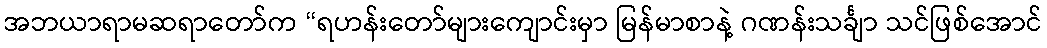
အဘယာရာမဆရာတော်က “ရဟန်းတော်များကျောင်းမှာ မြန်မာစာနဲ့ ဂဏန်းသင်္ချာ သင်ဖြစ်အောင်